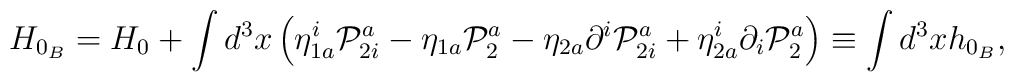
H_{0_{B}}=H_{0}+\int d^{3}x\left( \eta _{1a}^{i}\mathcal{P}_{2i}^{a}-\eta_{1a}\mathcal{P}_{2}^{a}-\eta _{2a}\partial ^{i}\mathcal{P}_{2i}^{a}+\eta_{2a}^{i}\partial _{i}\mathcal{P}_{2}^{a}\right) \equiv \int d^{3}xh_{0_{B}},